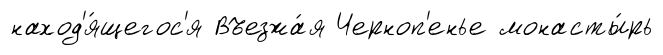
наход'я́щегос'я Въезжа́я Черноп'енье монасты́рь